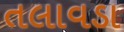
તલાવડા